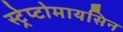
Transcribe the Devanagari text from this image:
स्ट्रेप्टोमायसिन